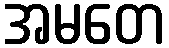
အမတေ